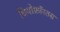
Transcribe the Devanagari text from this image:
थियोफ्रॉस्तस